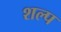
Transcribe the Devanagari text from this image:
शल्प